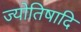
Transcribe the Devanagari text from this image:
ज्योतिषादि